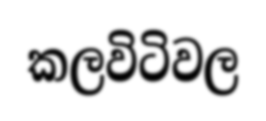
කලවිටිවල